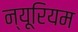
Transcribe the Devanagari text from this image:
न्यूरियम